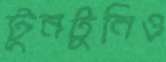
টুনটুনিও